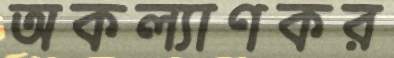
অকল্যাণকর